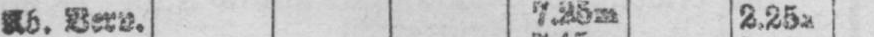
Ab. Verv. 7.25m 2.25a